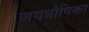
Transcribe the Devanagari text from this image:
जयघोषिका